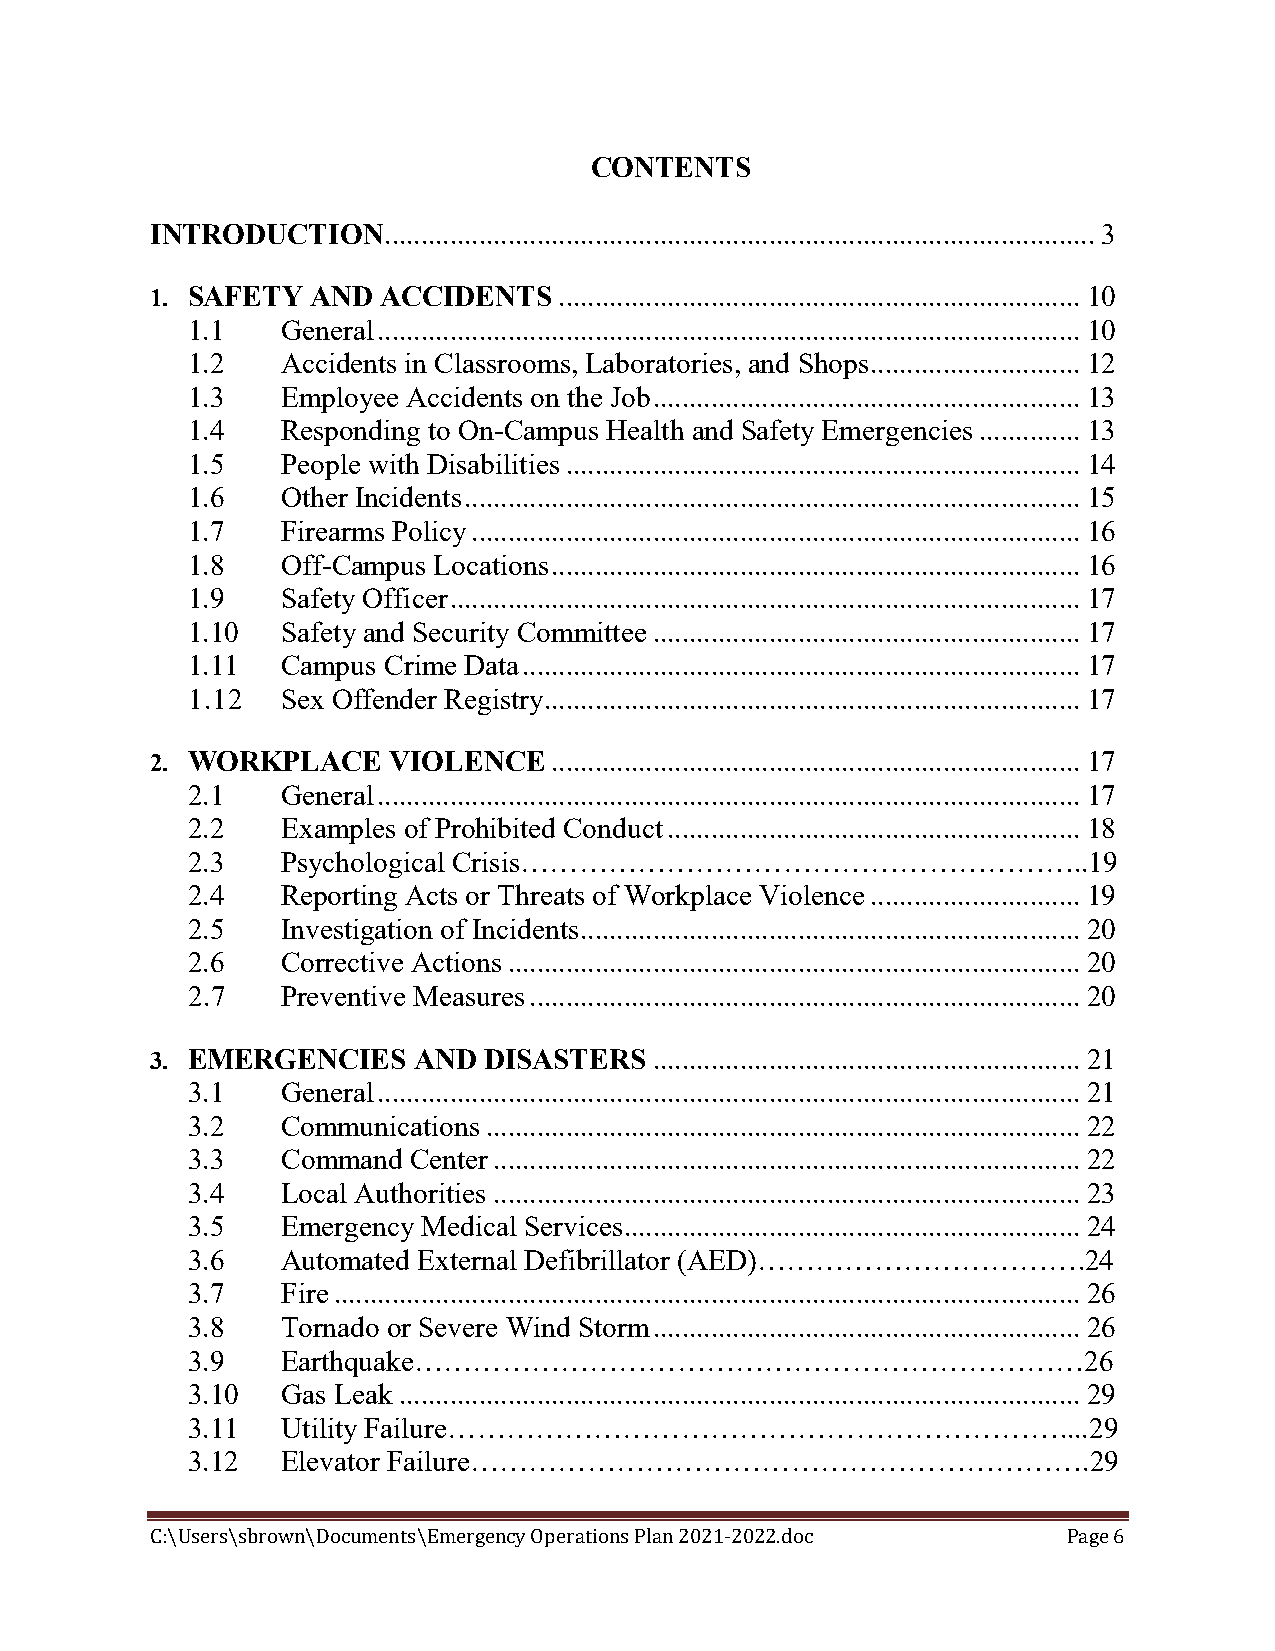
CONTENTS
 INTRODUCTION   .................................................................................................. 3
 1. SAFETY  AND ACCIDENTS   ........................................................................ 10
 1.1    General ................................................................................................. 10
 1.2    Accidents in Classrooms, Laboratories, and Shops ............................. 12
 1.3    Employee Accidents on the Job ........................................................... 13
 1.4    Responding to On-Campus Health and Safety Emergencies .............. 13
 1.5    People with Disabilities ....................................................................... 14
 1.6    Other Incidents ..................................................................................... 15
 1.7    Firearms Policy .................................................................................... 16
 1.8    Off-Campus Locations ......................................................................... 16
 1.9    Safety Officer ....................................................................................... 17
 1.10   Safety and Security Committee ........................................................... 17
 1.11   Campus Crime Data ............................................................................. 17
 1.12   Sex Offender Registry .......................................................................... 17
 2. WORKPLACE    VIOLENCE  ......................................................................... 17
 2.1    General ................................................................................................. 17
 2.2    Examples of Prohibited Conduct ......................................................... 18
 2.3    Psychological Crisis…………………………………………………..19
 2.4    Reporting Acts or Threats of Workplace Violence ............................. 19
 2.5    Investigation of Incidents ..................................................................... 20
 2.6    Corrective Actions ............................................................................... 20
 2.7    Preventive Measures ............................................................................ 20
 3. EMERGENCIES   AND  DISASTERS  ........................................................... 21
 3.1    General ................................................................................................. 21
 3.2    Communications .................................................................................. 22
 3.3    Command Center ................................................................................. 22
 3.4    Local Authorities ................................................................................. 23
 3.5    Emergency Medical Services ............................................................... 24
 3.6    Automated External Defibrillator (AED)…………………………….24
 3.7    Fire ....................................................................................................... 26
 3.8    Tornado or Severe Wind Storm ........................................................... 26
 3.9    Earthquake……………………………………………………………26
 3.10   Gas Leak .............................................................................................. 29
 3.11   Utility Failure………………………………………………………....29
 3.12   Elevator Failure……………………………………………………….29
 C:\Users\sbrown\Documents\Emergency Operations Plan 2021-2022.doc Page 6